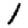
Digit: 1